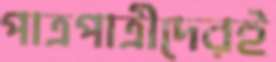
পাত্রপাত্রীদেরই